Leaving Certificate Examination (including Day School Certificate (Higher) General paper), 1934
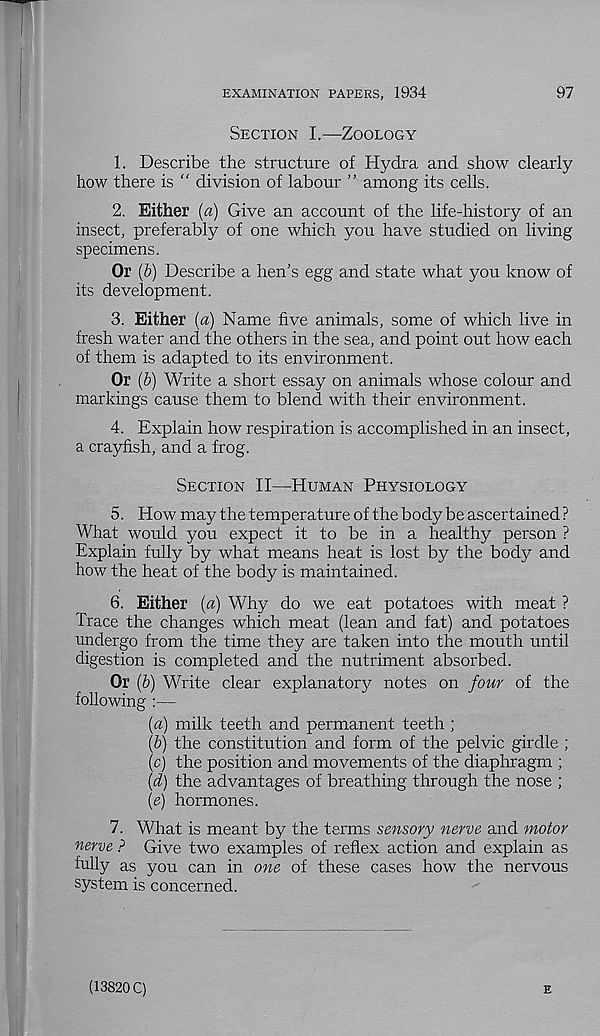
EXAMINATION PAPERS, 1934
97
Section I.—Zoology
1. Describe the structure of Hydra and show clearly
how there is “ division of labour ” among its cells.
2. Either (a) Give an account of the life-history of an
insect, preferably of one which you have studied on living
specimens.
Or (b) Describe a hen’s egg and state what you know of
its development.
3. Either (a) Name five animals, some of which live in
fresh water and the others in the sea, and point out how each
of them is adapted to its environment.
Or (b) Write a short essay on animals whose colour and
markings cause them to blend with their environment.
4. Explain how respiration is accomplished in an insect,
a crayfish, and a frog.
Section II—Human Physiology
5. How may the temperature of the body be ascertained?
What would you expect it to be in a healthy person ?
Explain fully by what means heat is lost by the body and
how the heat of the body is maintained.
6. Either (a) Why do we eat potatoes with meat ?
Trace the changes which meat (lean and fat) and potatoes
undergo from the time they are taken into the mouth until
digestion is completed and the nutriment absorbed.
Or (b) Write clear explanatory notes on four of the
following :—
(a) milk teeth and permanent teeth ;
(b) the constitution and form of the pelvic girdle ;
(c) the position and movements of the diaphragm ;
(d) the advantages of breathing through the nose ;
(e) hormones.
7. What is meant by the terms sensory nerve and motor
nerve ? Give two examples of reflex action and explain as
fully as you can in one of these cases how the nervous
system is concerned.
(13820 C)
E